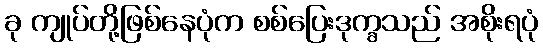
ခု ကျုပ်တို့ဖြစ်နေပုံက စစ်ပြေးဒုက္ခသည် အစိုးရပုံ